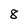
Character: 8